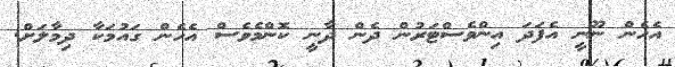
އެހެން ނޫނީ އެފަދަ އިންވެސްޓަރުން ދެން ދާނީ ކޮންމެވެސް އެހެން ގައުމަކާ ދިމާލަށް.